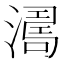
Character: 𣾭